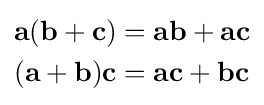
{\begin{aligned}\mathbf {a} (\mathbf {b} +\mathbf {c} )&=\mathbf {a} \mathbf {b} +\mathbf {a} \mathbf {c} \\(\mathbf {a} +\mathbf {b} )\mathbf {c} &=\mathbf {a} \mathbf {c} +\mathbf {b} \mathbf {c} \end{aligned}}